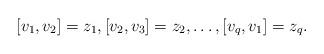
LaTeX: \begin{align*} [v_1, v_2]= z_1, [v_2, v_3]= z_2, \ldots, [v_q, v_1]= z_q.\end{align*}